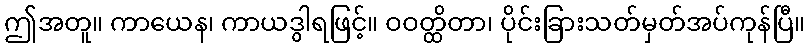
ဤအတူ။ ကာယေန၊ ကာယဒွါရဖြင့်။ ဝဝတ္ထိတာ၊ ပိုင်းခြားသတ်မှတ်အပ်ကုန်ပြီ။